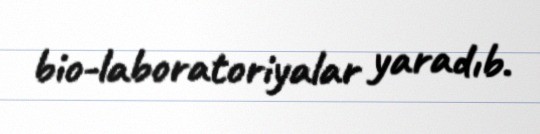
bio-laboratoriyalar yaradıb.